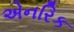
એનરિક